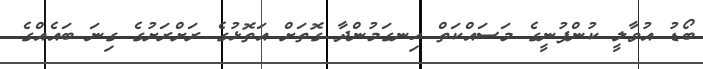
ބޯޑު އުވާލީ ކުންފުނީގެ މަސައްކަތް ހިނގަމުންދާ ގޮތަށް އަތޮޅުގެ ރަށްރަށުގެ ގިނަ ބައެއްގެ